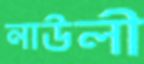
নাউলী